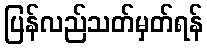
ပြန်လည်သတ်မှတ်ရန်